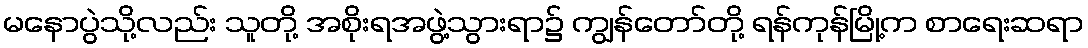
မနောပွဲသို့လည်း သူတို့ အစိုးရအဖွဲ့သွားရာ၌ ကျွန်တော်တို့ ရန်ကုန်မြို့က စာရေးဆရာ